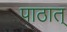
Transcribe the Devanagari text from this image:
पाठात्‌